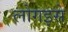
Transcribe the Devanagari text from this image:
लोगइसे